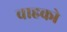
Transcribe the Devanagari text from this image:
वाहको